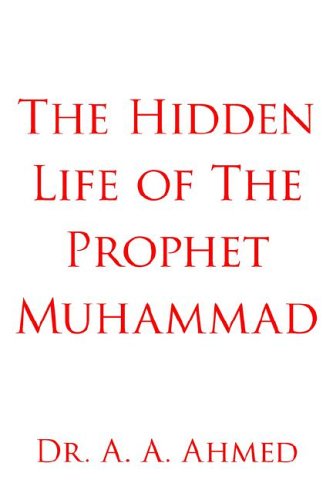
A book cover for The Hidden Life of The Prophet Muhammad; Dr. A. A. Ahmed; Religion & Spirituality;